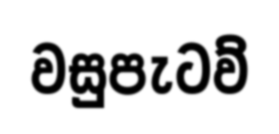
වසුපැටව්